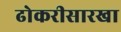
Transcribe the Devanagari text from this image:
ढोकरीसारखा